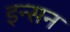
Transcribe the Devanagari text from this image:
इन्सन